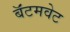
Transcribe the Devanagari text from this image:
बॅंटमवेट